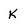
Character: K